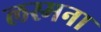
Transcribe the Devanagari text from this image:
लस्मना